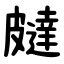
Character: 㿹